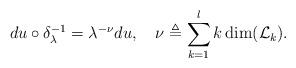
LaTeX: \begin{align*}du\circ\delta_\lambda^{-1}=\lambda^{-\nu}du,\quad\nu\triangleq\sum_{k=1}^{l}k\dim (\mathcal{L}_k).\end{align*}